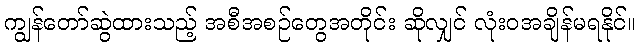
ကျွန်တော်ဆွဲထားသည့် အစီအစဉ်တွေအတိုင်း ဆိုလျှင် လုံးဝအချိန်မရနိုင်။